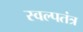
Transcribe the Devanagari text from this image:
स्वल्पतंत्र